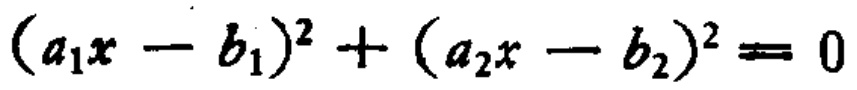
\((a_{1}x - b_{1})^{2} + (a_{2}x - b_{2})^{2} = 0\)